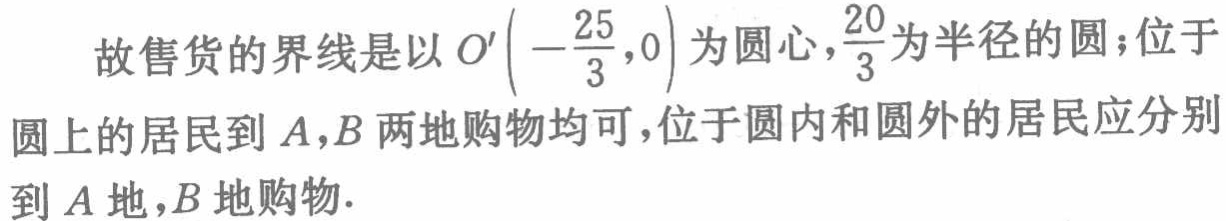
故售货的界线是以 \(O'\left(-\frac{25}{3},0\right)\) 为圆心，\(\frac{20}{3}\)为半径的圆；位于圆上的居民到 \(A,B\) 两地购物均可，位于圆内和圆外的居民应分别到 \(A\) 地，\(B\) 地购物.